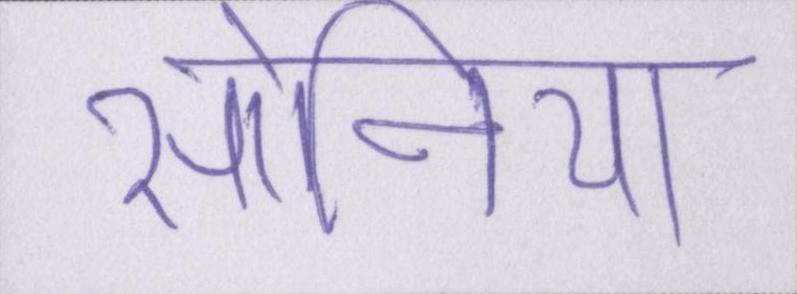
सोनिया